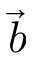
\vec { b }